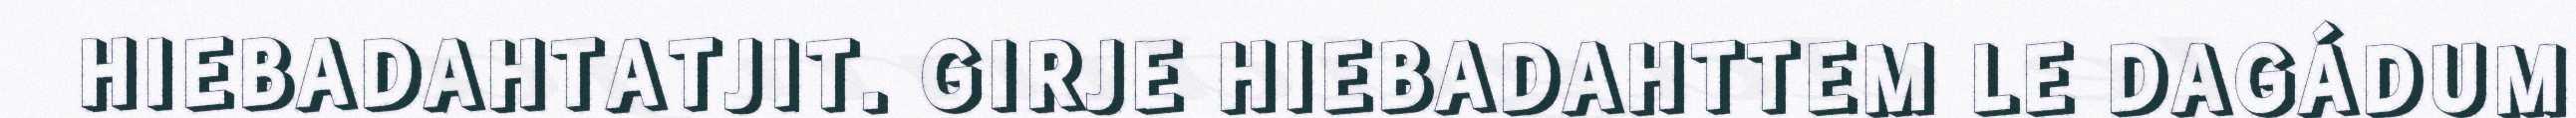
HIEBADAHTATJIT. GIRJE HIEBADAHTTEM LE DAGÁDUM